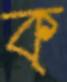
ক্